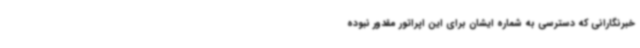
خبرنگارانی که دسترسی به شماره ایشان برای این اپراتور مقدور نبوده